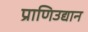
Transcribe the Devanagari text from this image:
प्राणिउद्यान